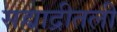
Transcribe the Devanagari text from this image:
सह्याद्रीतली